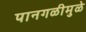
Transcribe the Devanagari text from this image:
पानगळीमुळे